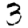
Digit: 3